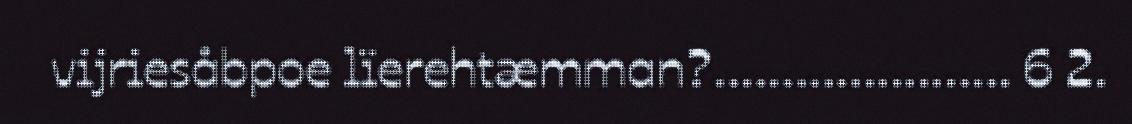
vijriesåbpoe lïerehtæmman?...................... 6 2.